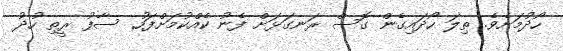
ހޯދުމަށެވެ. ތިލަ ހޯދައިގެން ގޮސް ރަނގަޅަށް ފެނު ކެއްކުމަށްފަހު